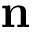
{ \bf n }